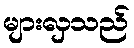
များလှသည်